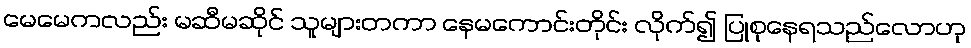
မေမေကလည်း မဆီမဆိုင် သူများတကာ နေမကောင်းတိုင်း လိုက်၍ ပြုစုနေရသည်လောဟု